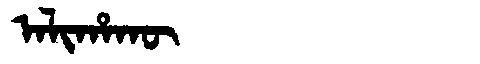
Manchu: ᠠᠯᡳᡥᠠᡴᡡ
Romanization: ALIHAKŪ